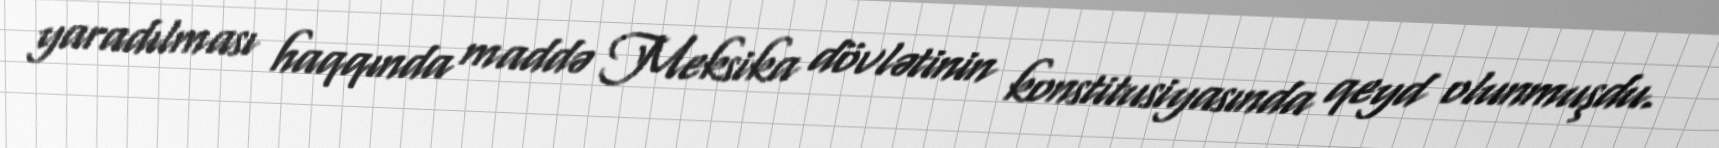
yaradılması haqqında maddə Meksika dövlətinin konstitusiyasında qeyd olunmuşdu.